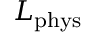
L _ { \mathrm { p h y s } }